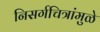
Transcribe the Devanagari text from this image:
निसर्गचित्रांमुळे